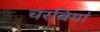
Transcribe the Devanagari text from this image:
चरबियां